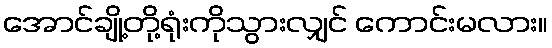
အောင်ချို့တို့ရုံးကိုသွားလျှင် ကောင်းမလား။